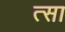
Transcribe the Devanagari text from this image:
त्सा